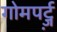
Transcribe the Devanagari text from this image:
गोमपर्ट्ज़